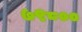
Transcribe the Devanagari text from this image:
७९८००